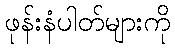
ဖုန်းနံပါတ်များကို